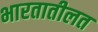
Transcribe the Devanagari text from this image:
भारतातीलत